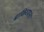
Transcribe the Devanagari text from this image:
बाकिच्याना